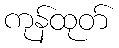
ကုန်ထုတ်